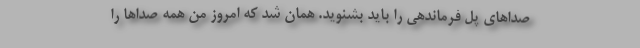
صداهای پل فرماندهی را باید بشنوید. همان شد که امروز من همه صداها را